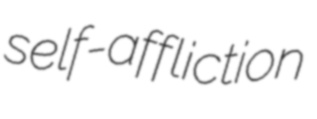
self-affliction